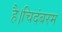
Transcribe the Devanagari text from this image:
है।चिदंबरम